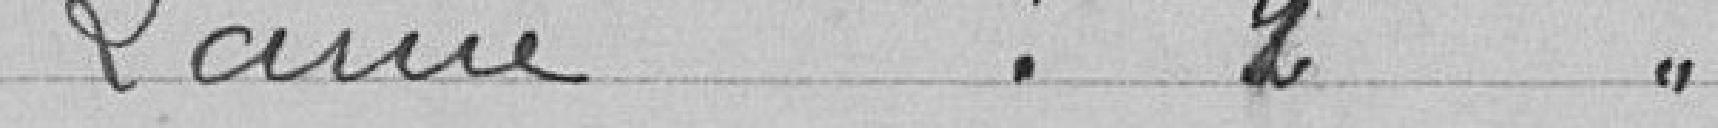
LANNE : 2 voix